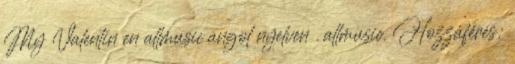
My Valentin en allmusic angol nyelven . allmusic. Hozzáférés: